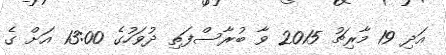
އަދި 19 މާރިޗު 2015 ވާ ބުރާސްފަތި ދުވަހުގެ 13:00 އަށް ގެ